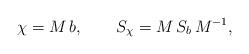
LaTeX: \begin{align*}\chi=M\,b, \qquad S_\chi=M\,S_b\,M^{-1},\end{align*}